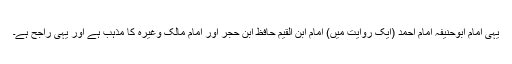
یہی امام ابوحنیفہؓ امام احمدؒ (ایک روایت میں) امام ابن القیمؒ حافظ ابن حجرؒ اور امام مالکؒ وغیرہ کا مذہب ہے اور یہی راجح ہے۔